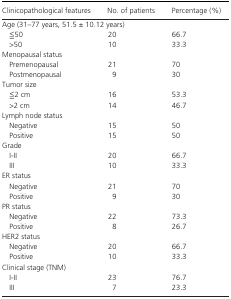
<table><thead><tr><td><b>Clinicopathological features</b></td><td><b>No. of patients</b></td><td><b>Percentage (%)</b></td></tr></thead><tbody><tr><td colspan="3">Age (31–77 years, 51.5 ± 10.12 years)</td></tr><tr><td>≦50</td><td>20</td><td>66.7</td></tr><tr><td>&gt;50</td><td>10</td><td>33.3</td></tr><tr><td colspan="3">Menopausal status </td></tr><tr><td>Premenopausal</td><td>21</td><td>70</td></tr><tr><td>Postmenopausal</td><td>9</td><td>30</td></tr><tr><td colspan="3">Tumor size </td></tr><tr><td>≦2 cm</td><td>16</td><td>53.3</td></tr><tr><td>&gt;2 cm</td><td>14</td><td>46.7</td></tr><tr><td colspan="3">Lymph node status </td></tr><tr><td>Negative</td><td>15</td><td>50</td></tr><tr><td>Positive</td><td>15</td><td>50</td></tr><tr><td colspan="3">Grade </td></tr><tr><td>I‐II</td><td>20</td><td>66.7</td></tr><tr><td>III</td><td>10</td><td>33.3</td></tr><tr><td colspan="3">ER status </td></tr><tr><td>Negative</td><td>21</td><td>70</td></tr><tr><td>Positive</td><td>9</td><td>30</td></tr><tr><td colspan="3">PR status </td></tr><tr><td>Negative</td><td>22</td><td>73.3</td></tr><tr><td>Positive</td><td>8</td><td>26.7</td></tr><tr><td colspan="3">HER2 status </td></tr><tr><td>Negative</td><td>20</td><td>66.7</td></tr><tr><td>Positive</td><td>10</td><td>33.3</td></tr><tr><td colspan="3">Clinical stage (TNM)</td></tr><tr><td>I‐II</td><td>23</td><td>76.7</td></tr><tr><td>III</td><td>7</td><td>23.3</td></tr></tbody></table>